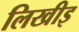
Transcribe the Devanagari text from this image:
लिखीइ